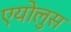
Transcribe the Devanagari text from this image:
एयोलुस